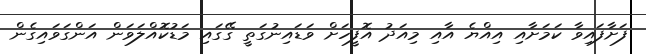
ފަށާފައިވާ ކަމަށާއި އިއްޔެ އާއި މިއަދު އޮފީހަށް ވަޑައިނުގަތީ ގޭގައި މަޑުކޮއްލަވަން އަންގަވައިގެން